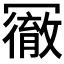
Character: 𠖢